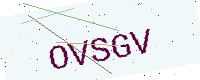
Text: OVSGV